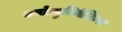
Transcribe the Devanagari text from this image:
थर्मोल्युमिनेसिन्स